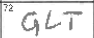
Transcription: GLT